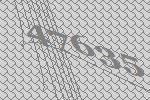
47635